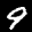
Label: 9